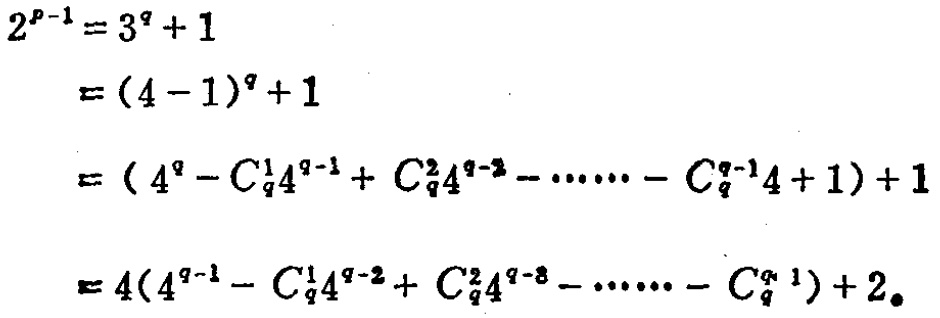
\[
\begin{align*}
2^{p - 1}&=3^{q}+1\\
&=(4 - 1)^{q}+1\\
&=(4^{q}-C_{q}^{1}4^{q - 1}+C_{q}^{2}4^{q - 2}-\cdots - C_{q}^{q - 1}4 + 1)+1\\
&=4(4^{q - 1}-C_{q}^{1}4^{q - 2}+C_{q}^{2}4^{q - 3}-\cdots - C_{q}^{q - 1})+2
\end{align*}
\]